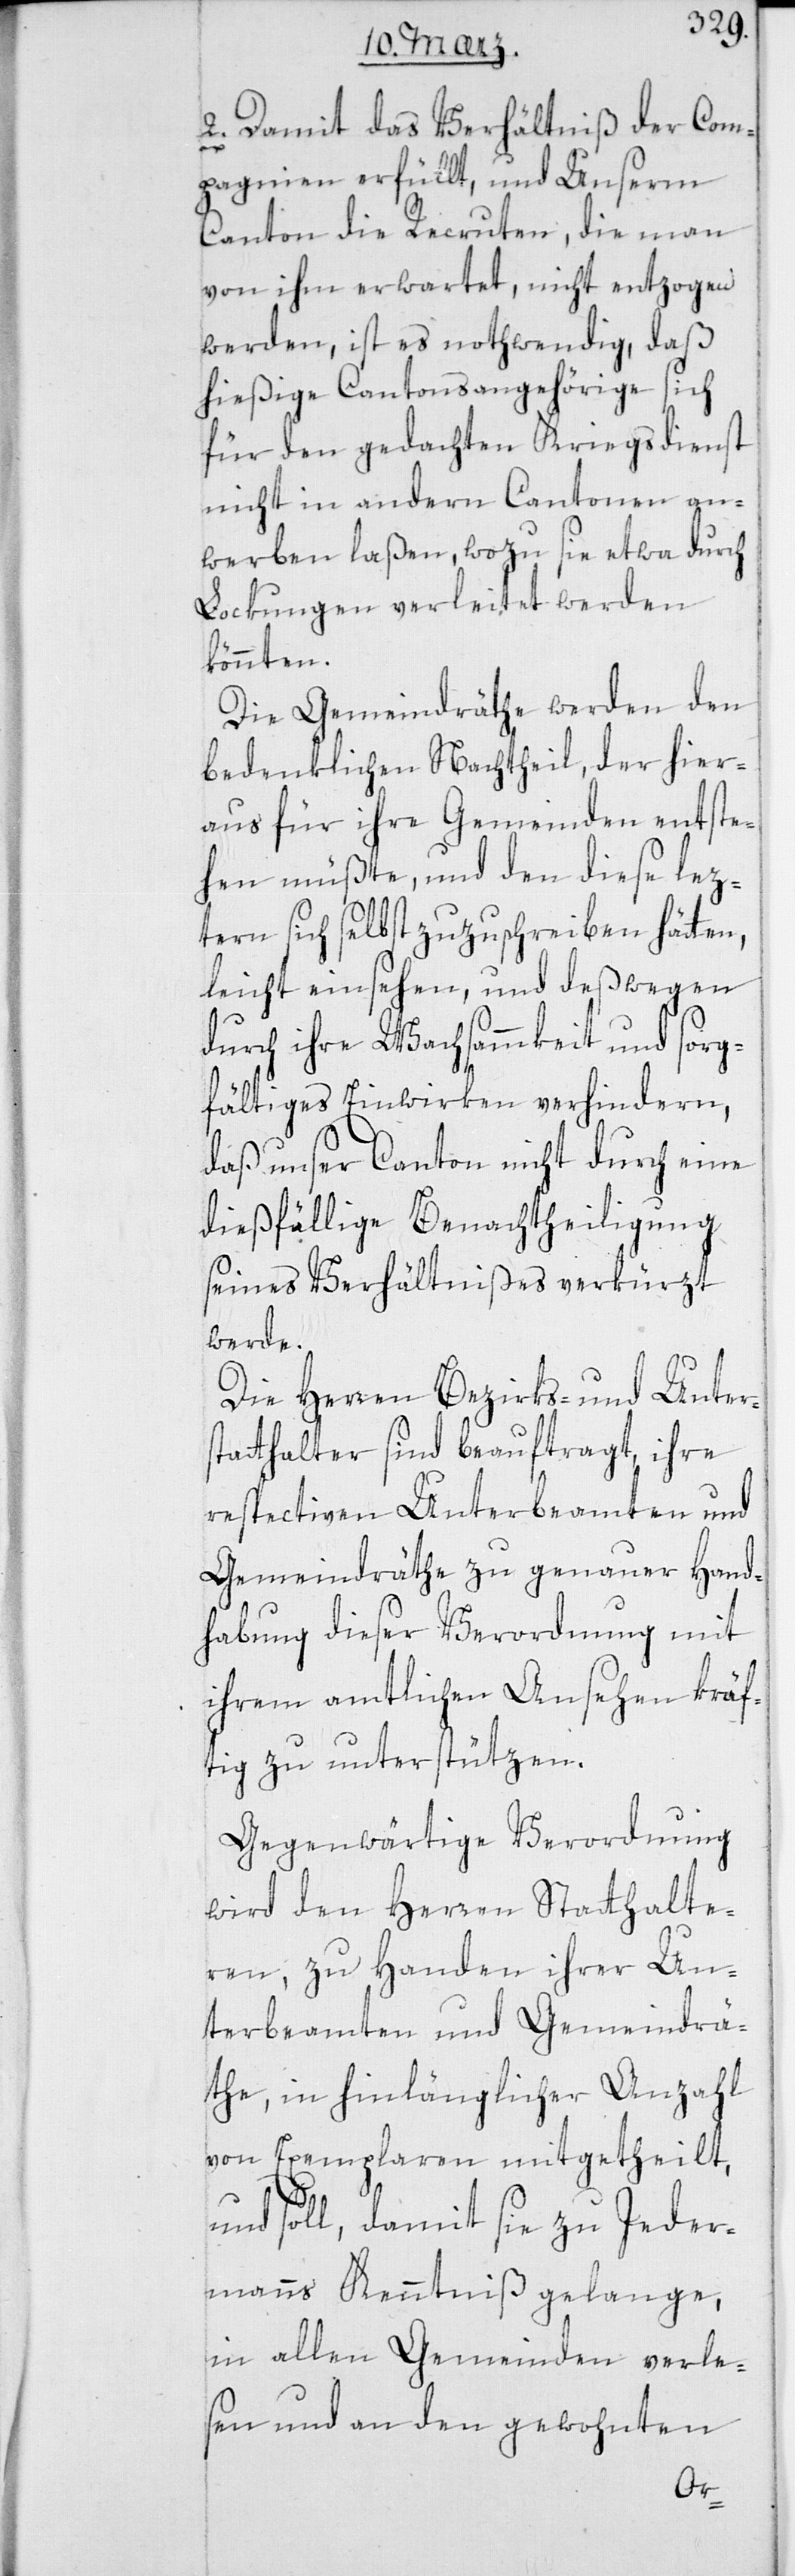
2. Damit das Verhältniß der Com¬
pagnien erfüllt und Unserm
Canton die Recruten, die man
von ihm erwartet, nicht entzogen
werden, ist es nothwendig, daß
hießige Cantonsangehörige sich
für den gedachten Kriegsdienst
nicht in andern Cantonen an¬
werben laßen, wozu sie etwa durch
Lockungen verleitet werden
könnten.
Die Gemeindräthe werden den
bedenklichen Nachtheil, der hier¬
aus für ihre Gemeinden entste¬
hen müßte, und den diese lez¬
teren sich selbst zuzuschreiben hätten,
leicht einsehen, und deßwegen
durch ihre Wachsammkeit und sorg¬
fältiges Einwirken verhindern,
daß unser Canton nicht durch eine
dießfällige Benachtheiligung
seines Verhältnißes verkürzt
werde.
Die Herren Bezirks- und Unter¬
statthalter sind beauftragt, ihre
respectiven Unterbeamten und
Gemeindräthe zu genauer Hand¬
habung dieser Verordnung mit
ihrem amtlichen Ansehen kräf¬
tig zu unterstützen.
Gegenwärtige Verordnung
wird den Herren Statthalte¬
ren, zu Handen ihrer Un¬
terbeamten und Gemeindrä¬
the, in hinlänglicher Anzahl
von Exemplaren mitgetheilt,
und soll, damit sie zu Jeder¬
manns Kenntniß gelange,
in allen Gemeinden verle¬
sen und an den gewohnten